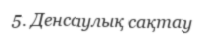
5. Денсаулық сақтау